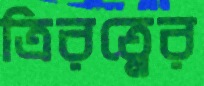
ত্রিরত্নের